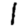
Digit: 1